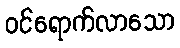
ဝင်ရောက်လာသော